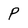
Character: P